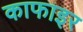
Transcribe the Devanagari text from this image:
काफाइर